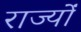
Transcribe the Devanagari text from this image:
राज्योंं